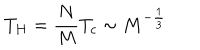
LaTeX: T _ { H } = \frac { N } { M } T _ { c } \sim M ^ { - \frac { 1 } { 3 } }